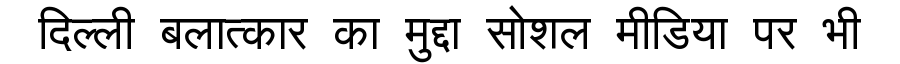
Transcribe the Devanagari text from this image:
दिल्ली बलात्कार का मुद्दा सोशल मीडिया पर भी